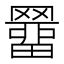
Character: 羀